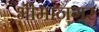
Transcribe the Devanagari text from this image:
भीमानगर